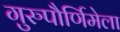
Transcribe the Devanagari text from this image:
गुरुपौर्णिमेला